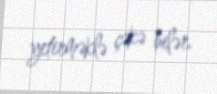
yetirməklə çəkə bilər.